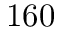
1 6 0